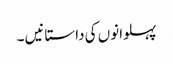
پہلوانوں کی داستانیں ۔